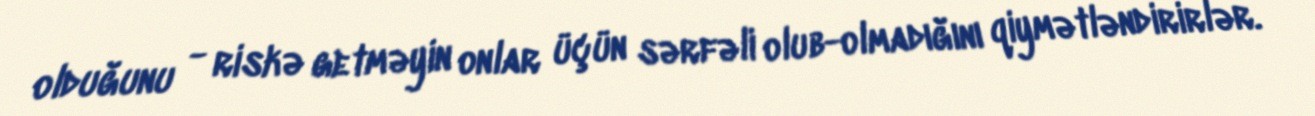
olduğunu - riskə getməyin onlar üçün sərfəli olub-olmadığını qiymətləndirirlər.